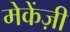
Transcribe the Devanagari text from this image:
मेकेंज़ी